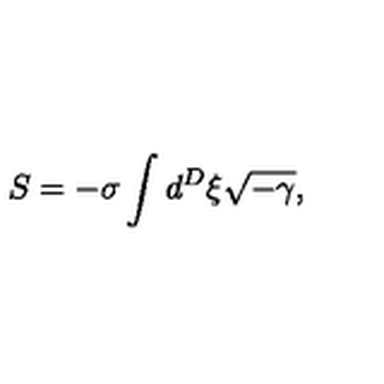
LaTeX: S = - \sigma \int d ^ { D } \xi \sqrt { - \gamma } ,